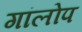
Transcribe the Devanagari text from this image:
गांलोप